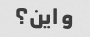
و این؟